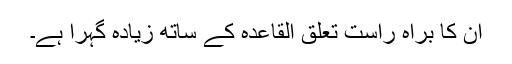
اُن کا براہِ راست تعلق القاعدہ کے ساتھ زیادہ گہرا ہے۔